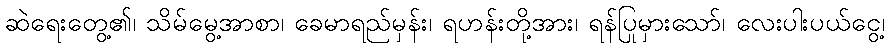
ဆဲရေးတွေ့၏၊ သိမ်မွေ့အာစာ၊ ခေမာရည်မှန်း၊ ရဟန်းတို့အား၊ ရန်ပြုမှားသော်၊ လေးပါးပယ်ငွေ့၊